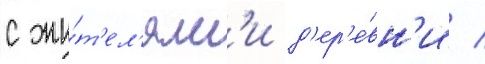
с жи́т'ел'ям'и д'ер'е́вн'и /